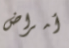
أمراض